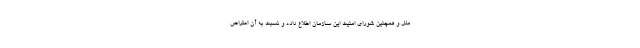
ملل و همچنین شورای امنیت این سازمان اطلاع داده و نسبت به آن اعتراض